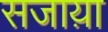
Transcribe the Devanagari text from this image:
सजाय़ा